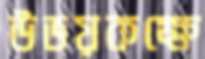
উভয়কক্ষে